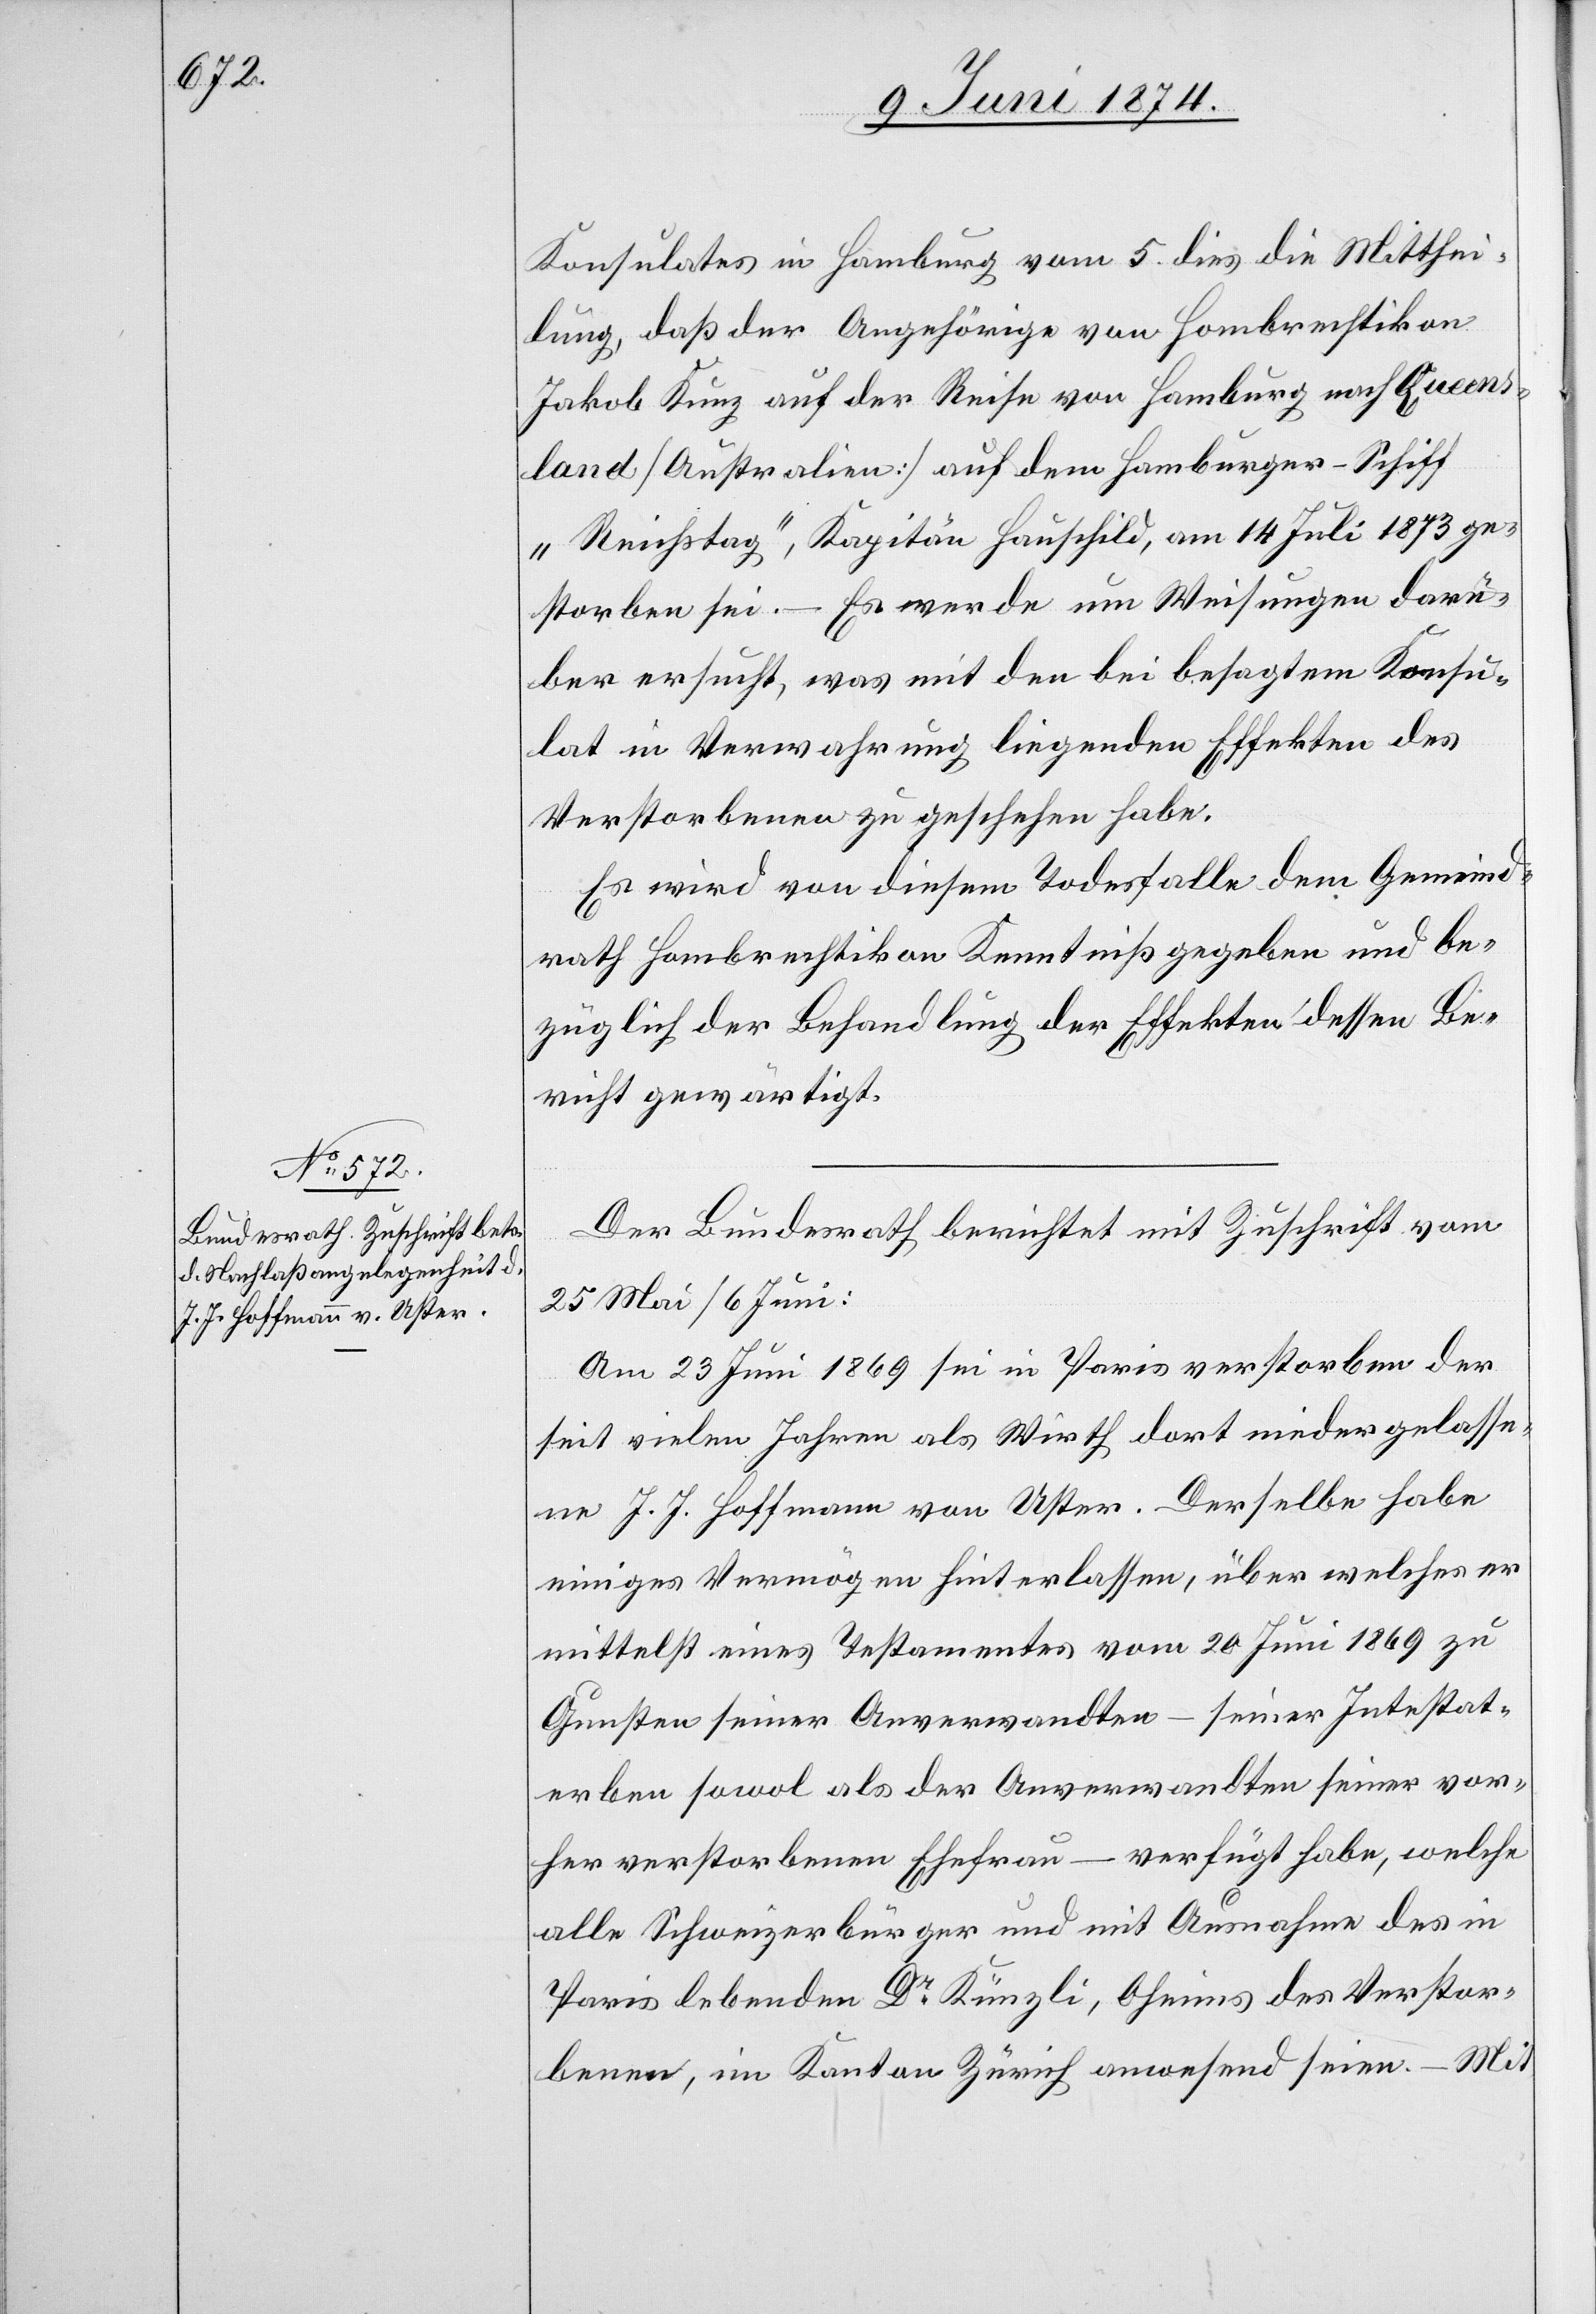
10. Juni 1874.]
Konsulates in Hamburg vom 5. dies die Mitthei¬
lung, daß der Angehörige von Hombrechtikon
Jakob Kunz auf der Reise von Hamburg nach Queens¬
land [Australien] auf dem Hamburger-Schiff
„Reichstag“, Kapitän Hauschild, am 14. Juli 1873 ge¬
storben sei. – Es werde um Weisungen darü¬
ber ersucht, was mit den bei besagtem Konsu¬
lat in Verwahrung liegenden Effekten des
Verstorbenen zu geschehen habe.
Es wird von diesem Todesfalle dem Gemeind¬
rath Hombrechtikon Kenntniß gegeben und be¬
züglich der Behandlung der Effekten dessen Be¬
richt gewärtigt.
Der Bundesrath berichtet mit Zuschrift vom
25. Mai/6. Juni:
Am 23. Juni 1869 sei in Paris verstorben der
seit vielen Jahren als Wirth dort niedergelasse¬
ne J. J. Hoffmann von Uster. Derselbe habe
ein Vermögen hinterlassen, über welches er
mittelst eines Testamentes vom 20. Juni 1869 zu
Gunsten seiner Anverwandten – seiner Intestat¬
erben sowol als der Anverwandten seiner vor¬
her verstorbenen Ehefrau – verfügt habe, welche
alle Schweizerbürger und mit Ausnahme des in
Paris lebenden Dr Künzli, Oheims des Verstor¬
benen , im Kanton Zürich anwesend seien. – Mit